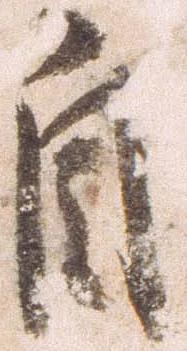
自